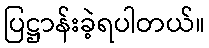
ပြဋ္ဌာန်းခဲ့ရပါတယ်။